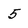
Character: 5